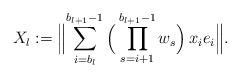
LaTeX: \begin{align*}X_{l}:=\Bigl\| \sum_{i=b_{l}}^{b_{l+1}-1}\Big(\prod_{s=i+1}^{b_{l+1}-1}w_s\Big)\,x_{i}e_{i}\Bigr\|.\end{align*}